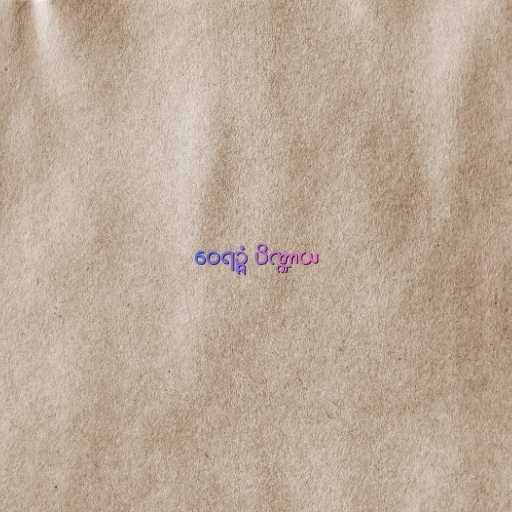
ဝေရဉ္ဇံ ပိဏ္ဍာယ